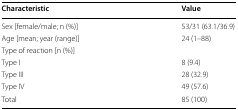
<table><thead><tr><td><b>Characteristic</b></td><td><b>Value</b></td></tr></thead><tbody><tr><td>Sex [female/male; n (%)]</td><td>53/31 (63.1/36.9)</td></tr><tr><td>Age [mean; year (range)]</td><td>24 (1–88)</td></tr><tr><td>Type of reaction [n (%)]</td><td></td></tr><tr><td>Type I</td><td>8 (9.4)</td></tr><tr><td>Type III</td><td>28 (32.9)</td></tr><tr><td>Type IV</td><td>49 (57.6)</td></tr><tr><td>Total</td><td>85 (100)</td></tr></tbody></table>